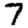
Digit: 7